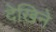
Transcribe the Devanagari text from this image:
देखिने